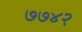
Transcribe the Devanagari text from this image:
७७४२